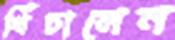
খিঁচালেন